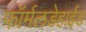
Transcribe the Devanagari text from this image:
फॉर्मलडेहाईड